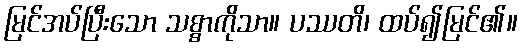
မြင်အပ်ပြီးသော သစ္စာကိုသာ။ ပဿတိ၊ ထပ်၍မြင်၏။